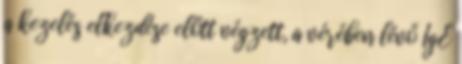
a kezelés elkezdése előtt végzett, a vérében lévő IgE